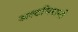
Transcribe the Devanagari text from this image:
अल्टमिरानो